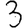
Digit: 3